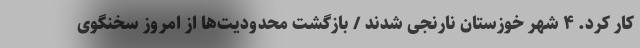
کار کرد. ۴ شهر خوزستان نارنجی شدند / بازگشت محدودیت‌ها از امروز سخنگوی